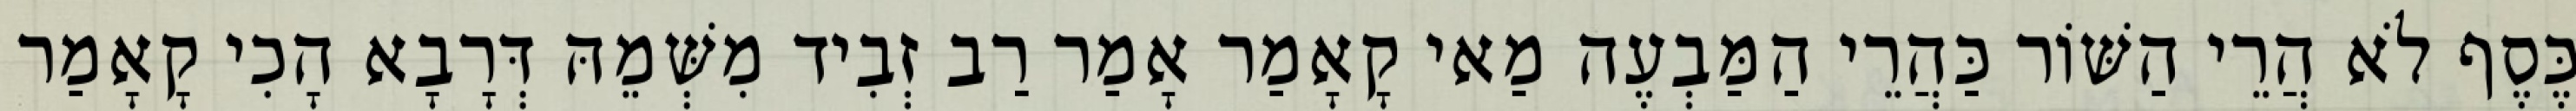
כֶּסֶף לֹא הֲרֵי הַשּׁוֹר כַּהֲרֵי הַמַּבְעֶה מַאי קָאָמַר אָמַר רַב זְבִיד מִשְּׁמֵהּ דְּרָבָא הָכִי קָאָמַר